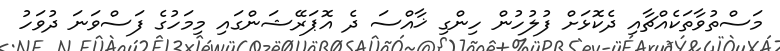
މަސްތުވާތަކެއްޗާއި ދެކޮޅަށް ފުލުހުން ހިންގި ޚާއްސަ ދެ އޮޕަރޭޝަންގައި މިމަހުގެ ފަސްވަނަ ދުވަހު